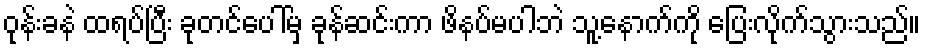
ဝုန်းခနဲ ထရပ်ပြီး ခုတင်ပေါ်မှ ခုန်ဆင်းကာ ဖိနပ်မပါဘဲ သူ့နောက်ကို ပြေးလိုက်သွားသည်။